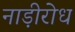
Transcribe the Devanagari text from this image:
नाड़ीरोध